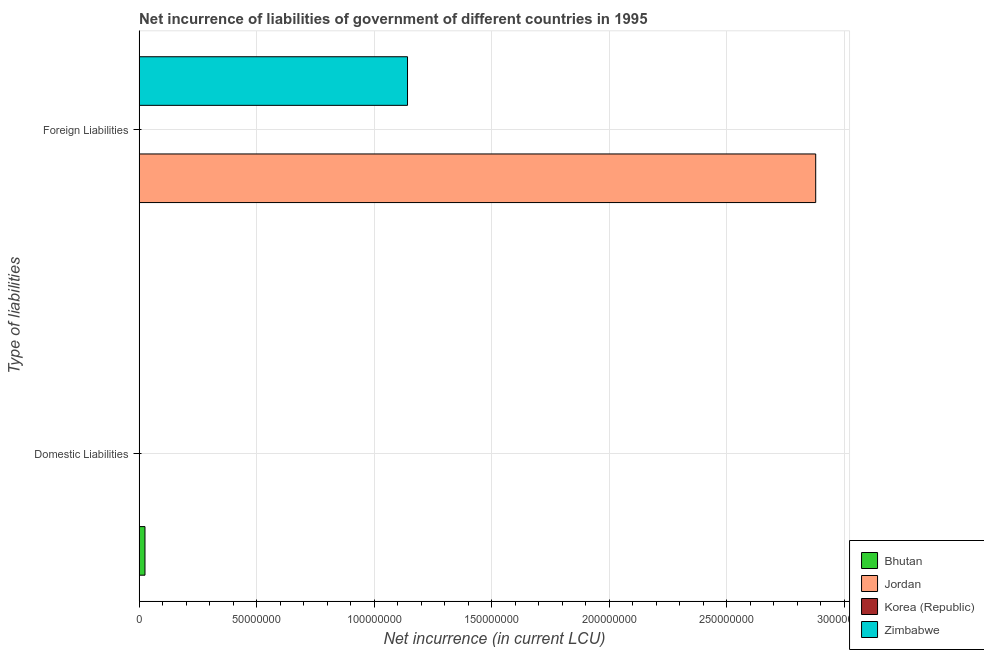
| Type of liabilities | Bhutan | Jordan | Korea (Republic) | Zimbabwe |
 | --- | --- | --- | --- | --- |
 | Domestic Liabilities | 2.5e+06 | -1.19e+08 | -1.28e+12 | -1e+08 |
 | Foreign Liabilities | -6.7e+06 | 2.88e+08 | -3.57e+11 | 1.14e+08 |